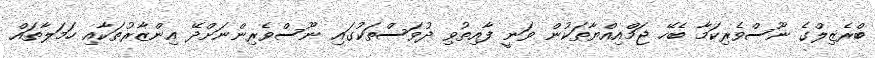
ބްރެޒިލްގެ ނޫސްވެރިކަމާ ބެހޭ ޖަމްއިއްޔާތަކުން ވަނީ ފާއިތުވި ދުވަސްތަކުގައި ނޫސްވެރިންނަށްދޭ އިންޒާރުތަކާއި ހަމަލާތައް